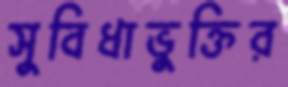
সুবিধাভুক্তির